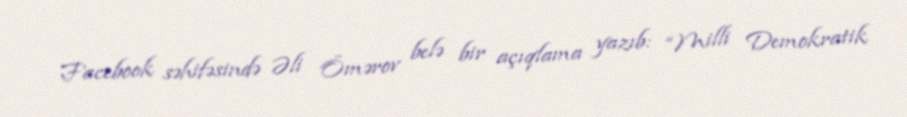
Facebook səhifəsində Əli Ömərov belə bir açıqlama yazıb: “Milli Demokratik